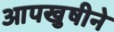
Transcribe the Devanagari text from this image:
आपखुषीने